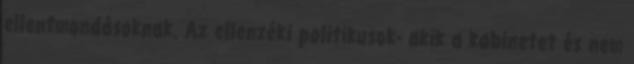
ellentmondásoknak. Az ellenzéki politikusok- akik a kabinetet és nem